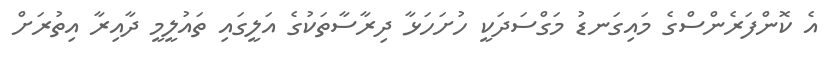
އެ ކޮންފަރެންސްގެ މައިގަނޑު މަގްސަދަކީ ހުށަހަޅާ ދިރާސާތަކުގެ އަލީގައި ތައުލީމީ ދާއިރާ އިތުރަށް